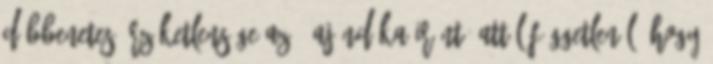
döbbenetes érzéketlensége az ő ajándéka iránt, attól függetlenül, hogy